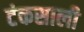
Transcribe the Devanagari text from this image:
टंकसाली